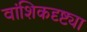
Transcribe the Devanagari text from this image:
वांशिकदृष्ट्या